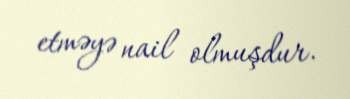
etməyə nail olmuşdur.